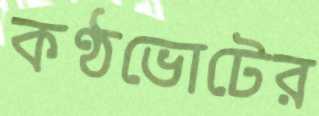
কণ্ঠভোটের